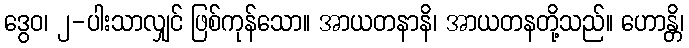
ဒွေဝ၊ ၂-ပါးသာလျှင် ဖြစ်ကုန်သော။ အာယတနာနိ၊ အာယတနတို့သည်။ ဟောန္တိ၊